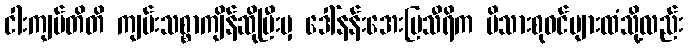
ငါးကျပ်တိတိ ကျမ်းသစ္စာကျိန်ဆိုပြီးမှ ဒေါ်နန်းအေးမြသီရိက မိသားစုဝင်များထံသို့လည်း